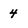
Character: 4